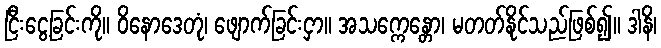
ငြီးငွေ့ခြင်းကို။ ဝိနောဒေတုံ၊ ဖျောက်ခြင်းငှာ။ အသက္ကေန္တော၊ မတတ်နိုင်သည်ဖြစ်၍။ ဒါနိ၊